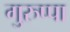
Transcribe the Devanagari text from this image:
गुरुप्पा